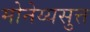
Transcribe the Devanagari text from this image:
मोनेय्यसुत्त